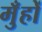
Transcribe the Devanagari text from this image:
मुँहों